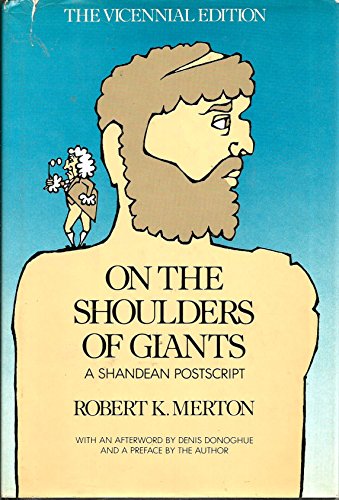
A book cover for On the Shoulders of Giants: A Shandean Postscript; Robert K. Merton; Humor & Entertainment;